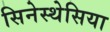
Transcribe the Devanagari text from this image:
सिनेस्थेसिया